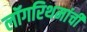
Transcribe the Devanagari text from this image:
लॉगरिथमांची